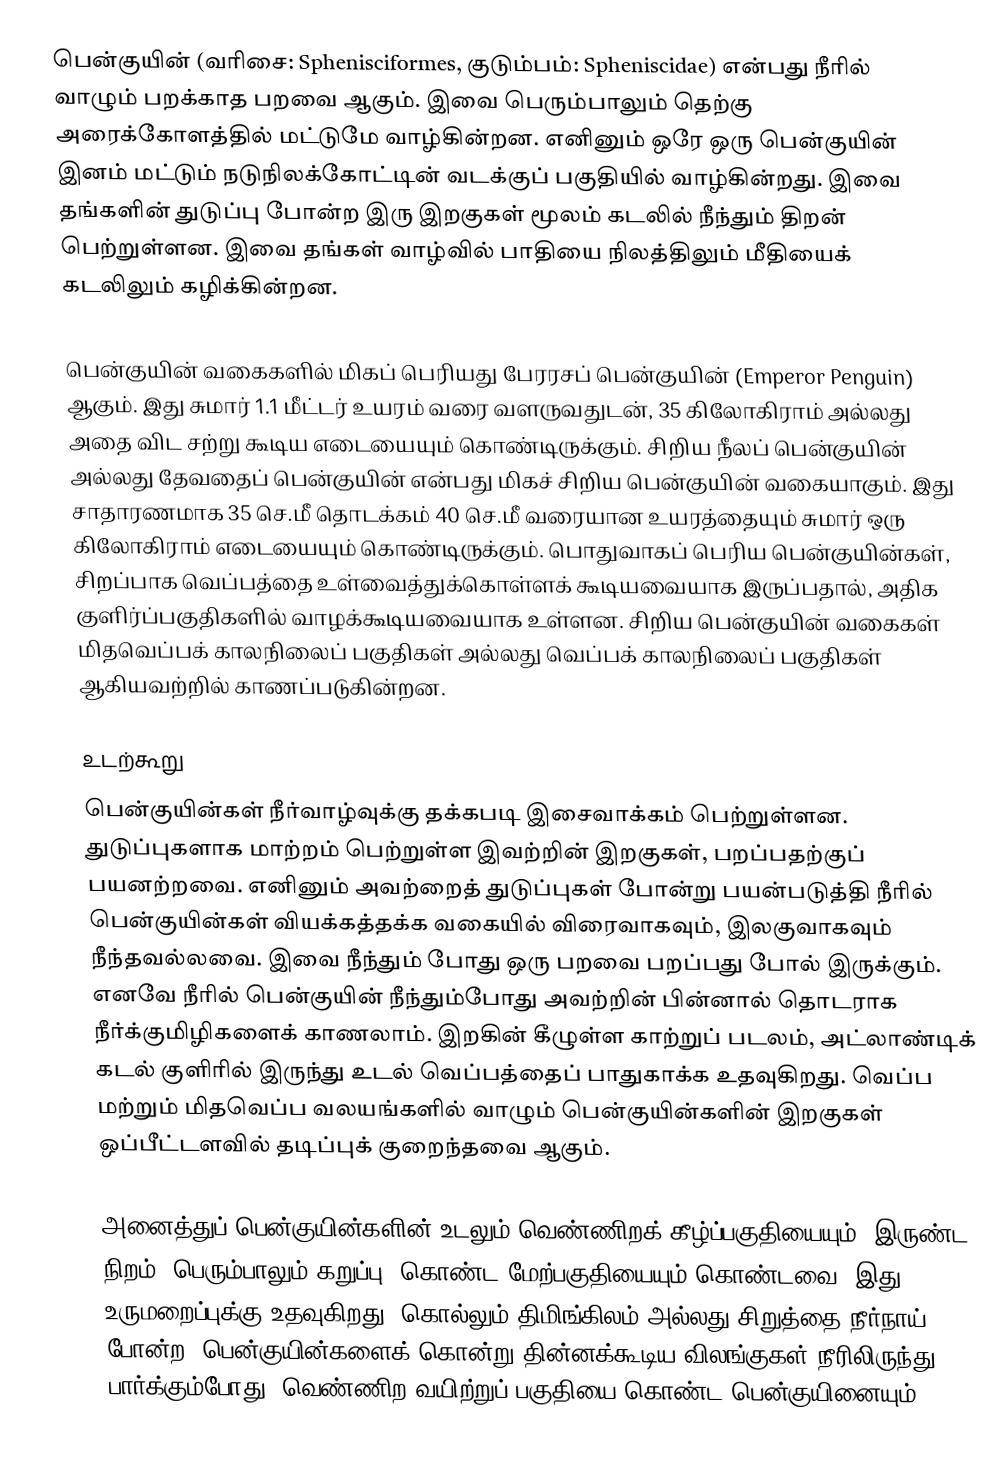
பென்குயின் (வரிசை: Sphenisciformes, குடும்பம்: Spheniscidae) என்பது நீரில் வாழும் பறக்காத பறவை ஆகும். இவை பெரும்பாலும் தெற்கு அரைக்கோளத்தில் மட்டுமே வாழ்கின்றன. எனினும் ஒரே ஒரு பென்குயின் இனம் மட்டும் நடுநிலக்கோட்டின் வடக்குப் பகுதியில் வாழ்கின்றது. இவை தங்களின் துடுப்பு போன்ற இரு இறகுகள் மூலம் கடலில் நீந்தும் திறன் பெற்றுள்ளன. இவை தங்கள் வாழ்வில் பாதியை நிலத்திலும் மீதியைக் கடலிலும் கழிக்கின்றன.

பென்குயின் வகைகளில் மிகப் பெரியது பேரரசப் பென்குயின் (Emperor Penguin) ஆகும். இது சுமார் 1.1 மீட்டர் உயரம் வரை வளருவதுடன், 35 கிலோகிராம் அல்லது அதை விட சற்று கூடிய எடையையும் கொண்டிருக்கும். சிறிய நீலப் பென்குயின் அல்லது தேவதைப் பென்குயின் என்பது மிகச் சிறிய பென்குயின் வகையாகும். இது சாதாரணமாக 35 செ.மீ தொடக்கம் 40 செ.மீ வரையான உயரத்தையும் சுமார் ஒரு கிலோகிராம் எடையையும் கொண்டிருக்கும். பொதுவாகப் பெரிய பென்குயின்கள், சிறப்பாக வெப்பத்தை உள்வைத்துக்கொள்ளக் கூடியவையாக இருப்பதால், அதிக குளிர்ப்பகுதிகளில் வாழக்கூடியவையாக உள்ளன. சிறிய பென்குயின் வகைகள் மிதவெப்பக் காலநிலைப் பகுதிகள் அல்லது வெப்பக் காலநிலைப் பகுதிகள் ஆகியவற்றில்  காணப்படுகின்றன.

உடற்கூறு
பென்குயின்கள் நீர்வாழ்வுக்கு தக்கபடி இசைவாக்கம் பெற்றுள்ளன. துடுப்புகளாக மாற்றம் பெற்றுள்ள இவற்றின் இறகுகள், பறப்பதற்குப் பயனற்றவை. எனினும் அவற்றைத் துடுப்புகள் போன்று பயன்படுத்தி நீரில் பென்குயின்கள் வியக்கத்தக்க வகையில் விரைவாகவும், இலகுவாகவும் நீந்தவல்லவை. இவை நீந்தும் போது ஒரு பறவை பறப்பது போல் இருக்கும். எனவே நீரில் பென்குயின் நீந்தும்போது அவற்றின் பின்னால் தொடராக நீர்க்குமிழிகளைக் காணலாம். இறகின் கீழுள்ள காற்றுப் படலம், அட்லாண்டிக் கடல் குளிரில் இருந்து உடல் வெப்பத்தைப் பாதுகாக்க உதவுகிறது. வெப்ப மற்றும் மிதவெப்ப வலயங்களில் வாழும் பென்குயின்களின் இறகுகள் ஒப்பீட்டளவில் தடிப்புக் குறைந்தவை ஆகும்.

அனைத்துப் பென்குயின்களின் உடலும் வெண்ணிறக் கீழ்ப்பகுதியையும், இருண்ட நிறம் (பெரும்பாலும் கறுப்பு) கொண்ட மேற்பகுதியையும் கொண்டவை. இது உருமறைப்புக்கு உதவுகிறது. கொல்லும் திமிங்கிலம் அல்லது சிறுத்தை நீர்நாய் போன்ற, பென்குயின்களைக் கொன்று தின்னக்கூடிய விலங்குகள் நீரிலிருந்து பார்க்கும்போது, வெண்ணிற வயிற்றுப் பகுதியை கொண்ட பென்குயினையும்